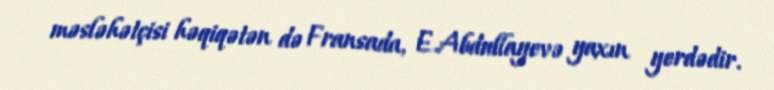
məsləhətçisi həqiqətən də Fransada, E.Abdullayevə yaxın yerdədir.